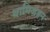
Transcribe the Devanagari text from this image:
थामिजहन